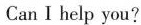
Can I help you?